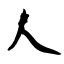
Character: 人